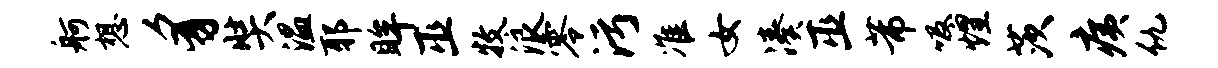
舸想豸奘温耶眸巫牧浪零污准女凑巫芾吸煌茨痍仇